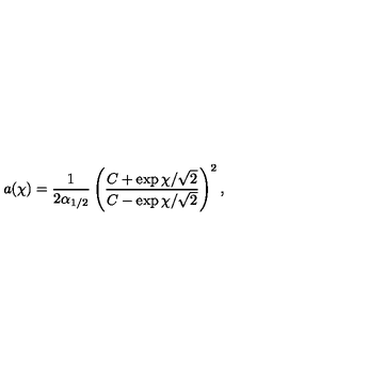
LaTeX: a ( \chi ) = \frac { 1 } { 2 \alpha _ { 1 / 2 } } \left( \frac { C + \exp \chi / \sqrt { 2 } } { C - \exp \chi / \sqrt { 2 } } \right) ^ { 2 } ,